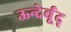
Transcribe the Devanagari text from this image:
ऊन्देर्वूद्